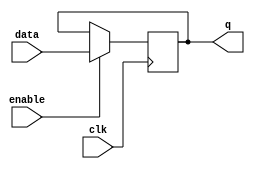
module enable_latch (
  input clk,
  input enable,
  input data,
  output reg q
);

always @(posedge clk) begin
  if (enable) begin
    q <= data;
  end
end

endmodule